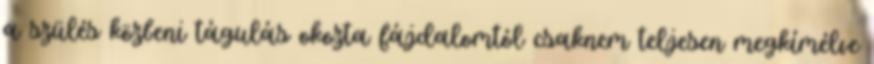
a szülés közbeni tágulás okozta fájdalomtól csaknem teljesen megkímélve